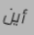
أين